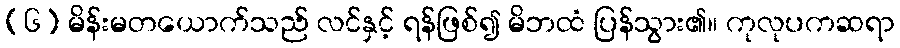
(၆) မိန်းမတယောက်သည် လင်နှင့် ရန်ဖြစ်၍ မိဘထံ ပြန်သွား၏။ ကုလုပကဆရာ